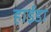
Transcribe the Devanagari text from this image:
हाईडा